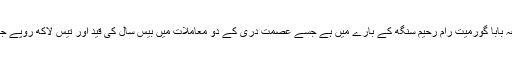
تیسرا فیصلہ متنازعہ بابا گورمیت رام رحیم سنگھ کے بارے میں ہے جسے عصمت دری کے دو معاملات میں بیس سال کی قید اور تیس لاکھ روپے جرمانہ سنایا گیا ہے۔